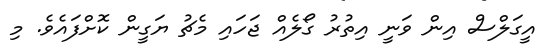
އީގަލްސް އިން ވަނީ އިތުރު ގޯލެއް ޖަހައި މެޗު ޔަގީން ކޮށްފައެވެ. މި